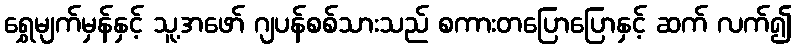
ရွှေမျက်မှန်နှင့် သူ့အဖော် ဂျပန်စစ်သားသည် စကားတပြောပြောနှင့် ဆက် လက်၍